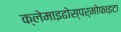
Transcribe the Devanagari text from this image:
क्लेमाइढोस्पर्मोफाइटा